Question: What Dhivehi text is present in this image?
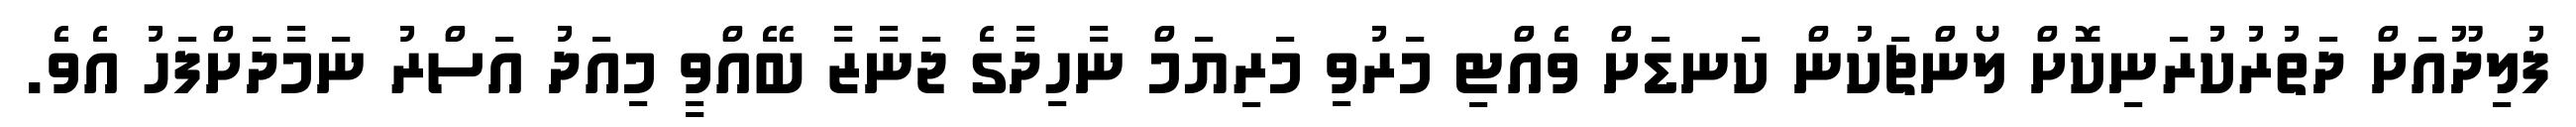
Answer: ފުލިދޫއަށް ދަތުރުކުރަނިކޮށް ލޯންޗަކުން ކަނޑަށް ވެއްޓި މަރުވި މަރިޔަމް ނާހިދާގެ ޖަނާޒާ ބޭއްވީ މިއަދު އަސްރު ނަމާދަށްފަހު އެވެ.